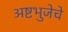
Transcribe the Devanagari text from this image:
अष्टभुजेचे